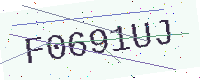
Text: F0691UJ